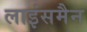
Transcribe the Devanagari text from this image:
लाइंसमैन